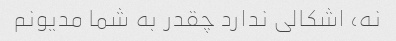
نه، اشکالی ندارد چقدر به شما مدیونم